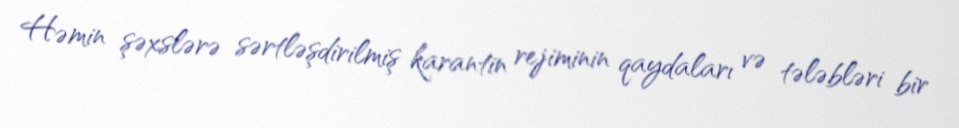
Həmin şəxslərə sərtləşdirilmiş karantin rejiminin qaydaları və tələbləri bir